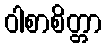
ဝါစာစိတ္တာ